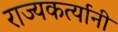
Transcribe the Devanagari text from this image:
राज्यकर्त्यानी